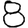
Digit: 8